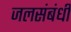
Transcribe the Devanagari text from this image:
जलसंबंधी